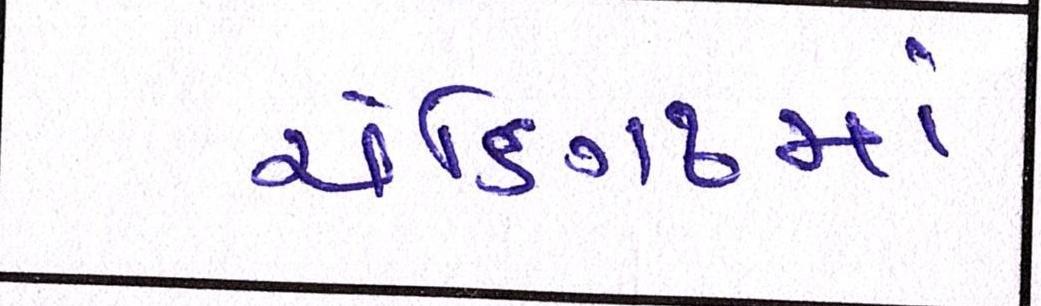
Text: ચંડિગઢમાં